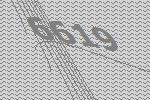
6619